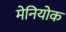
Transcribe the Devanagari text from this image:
मेनियोक